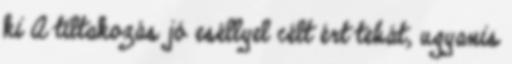
ki A tiltakozás jó eséllyel célt ért tehát, ugyanis